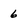
Character: 6